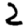
Digit: 2